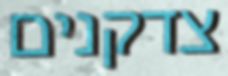
צדקנים